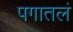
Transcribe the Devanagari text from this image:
पगातलं